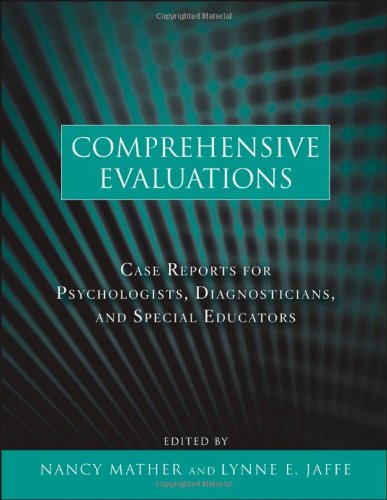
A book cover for Comprehensive Evaluations: Case Reports for Psychologists, Diagnosticians, and Special Educators; Nancy Mather; Medical Books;